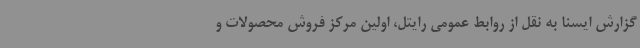
گزارش ایسنا به نقل از روابط عمومی رایتل، اولین مرکز فروش محصولات و